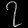
Digit: ၇